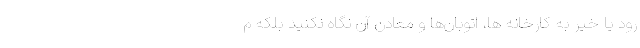
رود یا خیر به کارخانه ها، اتوبان‌‌ها و معادن آن نگاه نکنید بلکه م